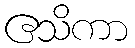
ဧသိကာ